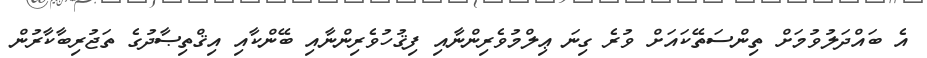
އެ ބައްދަލުވުމަށް ތިންސަތޭކައަށް ވުރެ ގިނަ ޢިލްމުވެރިންނާއި ފިޤުހުވެރިންނާއި ބޭންކާއި އިޤްތިޞާދުގެ ތަޖުރިބާކާރުން